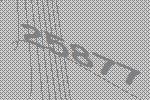
25877